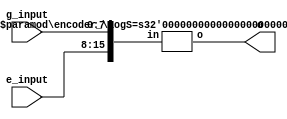
module encoder
#(
	parameter logS=4
)
(
	g_input,
  e_input,
	o
);
	
	localparam S = 2**logS;
	input [S/2-1:0] g_input;
  input [S/2-1:0] e_input;
	output [logS-1:0] o;

  wire [S-1:0] in;

  assign in[S/2-1:0] = g_input;
  assign in[S-1:S/2] = e_input;

  encoder_
  #(
    .logS(logS)
  )
  encoder0
  (
    .in(in),
    .o(o)
  );

endmodule


module encoder_
#(
  parameter logS=4
)
(
  in,
  o
);
  
  localparam S = 2**logS;
  input [S-1:0] in;
  output [logS-1:0] o;

  generate 
    if(logS == 1)
    begin
      assign o = in[1];
    end
    else
    begin
    
      wire [logS-1:0] o0;
      wire [logS-1:0] o1;


      encoder_ 
      #(
        .logS(logS-1)
      )
      encoder0
      (
        .in(in[S/2-1:0]),
        .o(o0[logS-2:0])
      );
      
      encoder_ 
      #(
        .logS(logS-1)
      )
      encoder1
      (
        .in(in[S-1:S/2]),
        .o(o1[logS-2:0])
      );
      
      assign o = {|in[S-1:S/2], o0[logS-2:0]|o1[logS-2:0]};
    end
  endgenerate

endmodule